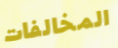
المخالفات